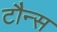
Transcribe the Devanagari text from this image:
टौन्स